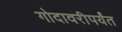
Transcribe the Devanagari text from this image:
गोदावरीपर्यंत